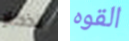
تذكار القوه